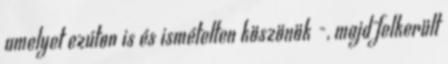
amelyet ezúton is és ismételten köszönök -, majd felkerült